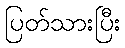
ပြတ်သားပြီး